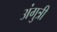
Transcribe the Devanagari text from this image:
अंगुत्री